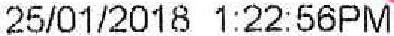
25/01/2018 1:22:56PM